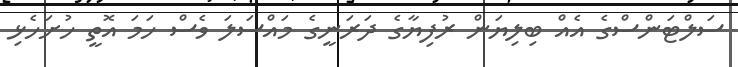
ސަލްޓަންސްގެ އެއް ބިލިޔަން ރުފިޔާގެ ދަރަނީގެ މައްސަލަ ވެސް ހަމަ އޮތީ ހުށަހެޅި